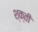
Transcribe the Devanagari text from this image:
श्क्ती